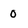
Character: 0